Annual report of the Punjab Veterinary College and of the Civil Veterinary Department, Punjab - 1920-1925
Year: 1920
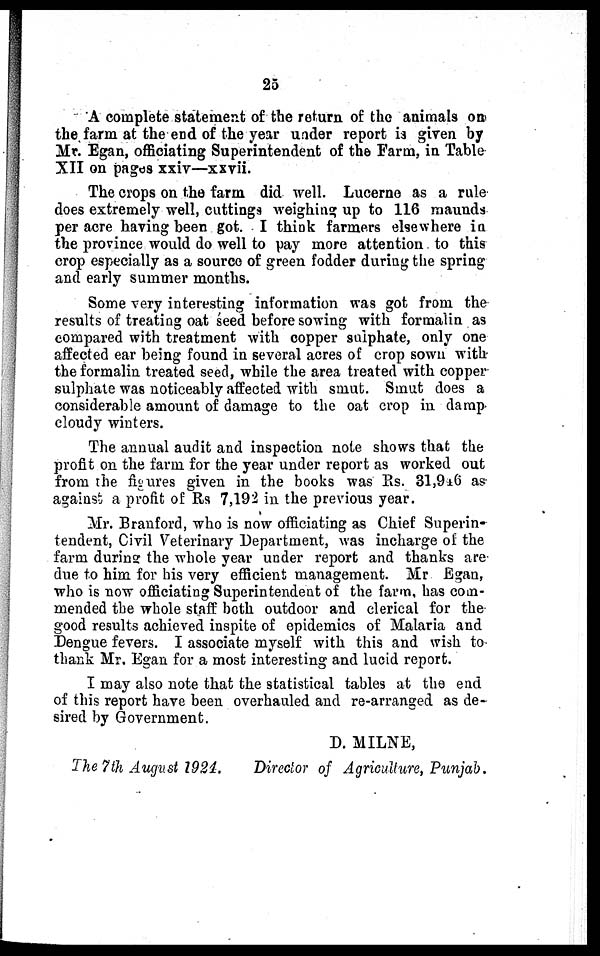
25
A complete statement of the return of the animals on
the farm at the end of the year under report is given by
Mr. Egan, officiating Superintendent of the Farm, in Table
XII on pages xxiv—xxvii.
The crops on the farm did well. Lucerne as a rule
does extremely well, cuttings weighing up to 116 maunds
per acre having been got. I think farmers elsewhere in
the province would do well to pay more attention to this
crop especially as a source of green fodder during the spring
and early summer months.
Some very interesting information was got from the
results of treating oat seed before sowing with formalin as
compared with treatment with copper sulphate, only one
affected ear being found in several acres of crop sown with
the formalin treated seed, while the area treated with copper
sulphate was noticeably affected with smut. Smut does a
considerable amount of damage to the oat crop in damp
cloudy winters.
The annual audit and inspection note shows that the
profit on the farm for the year under report as worked out
from the figures given in the books was Rs. 31,946 as
against a profit of Rs 7,192 in the previous year.
Mr. Branford, who is now officiating as Chief Superin-
tendent, Civil Veterinary Department, was incharge of the
farm during the whole year under report and thanks are
due to him for his very efficient management. Mr Egan,
who is now officiating Superintendent of the farm, has com-
mended the whole staff both outdoor and clerical for the
good results achieved inspite of epidemics of Malaria and
Dengue fevers. I associate myself with this and wish to
thank Mr. Egan for a most interesting and lucid report.
I may also note that the statistical tables at the end
of this report have been overhauled and re-arranged as de-
sired by Government.
D. MILNE,
The 7th August 1924. Director of Agriculture, Punjab.